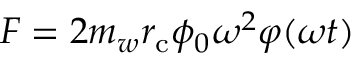
F = 2 m _ { w } r _ { \mathrm { c } } \phi _ { 0 } \omega ^ { 2 } \varphi ( \omega t )